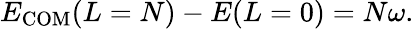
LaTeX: \begin{array}{r}{E_{\mathrm{COM}}(L=N)-E(L=0)=N\omega.}\end{array}